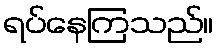
ရပ်နေကြသည်။